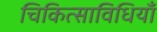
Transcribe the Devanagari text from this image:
चिकित्साविधियाँ